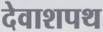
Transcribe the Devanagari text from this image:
देवाशपथ